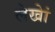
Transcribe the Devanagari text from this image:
लेखेां